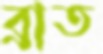
ব্রাত